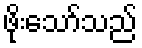
ဖိုးသော်သည်